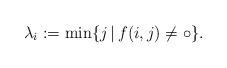
LaTeX: \begin{align*} \lambda_i := \min \{ j \,|\, f(i,j) \not= \circ \}.\end{align*}